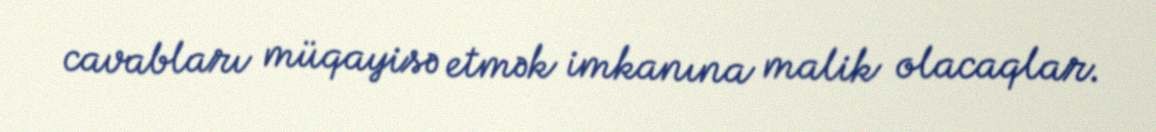
cavabları müqayisə etmək imkanına malik olacaqlar.